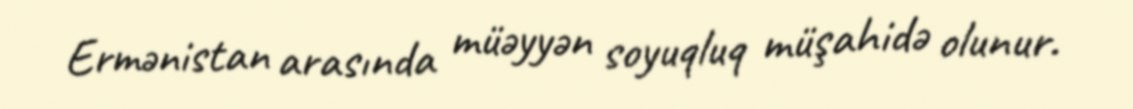
Ermənistan arasında müəyyən soyuqluq müşahidə olunur.